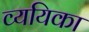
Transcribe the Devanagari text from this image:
व्ययिका